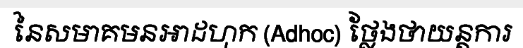
នៃសមាគមនអាដហុក (Adhoc) ថ្លែងថាយន្តការ